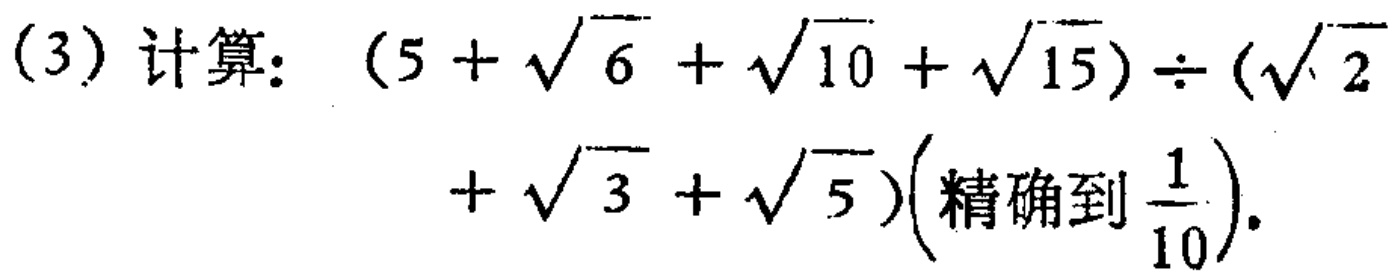
(3) 计算：\((5 + \sqrt{6} + \sqrt{10} + \sqrt{15}) \div (\sqrt{2}+ \sqrt{3} + \sqrt{5})(精确到\frac{1}{10})\)